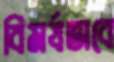
বিমর্ষভাবে